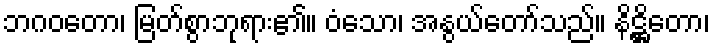
ဘဂဝတော၊ မြတ်စွာဘုရား၏။ ဝံသော၊ အနွယ်တော်သည်။ နိဋ္ဌိတော၊